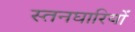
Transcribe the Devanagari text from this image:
स्तनघारियों